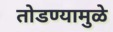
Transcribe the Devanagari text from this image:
तोडण्यामुळे